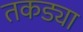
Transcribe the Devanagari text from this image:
तकड्या